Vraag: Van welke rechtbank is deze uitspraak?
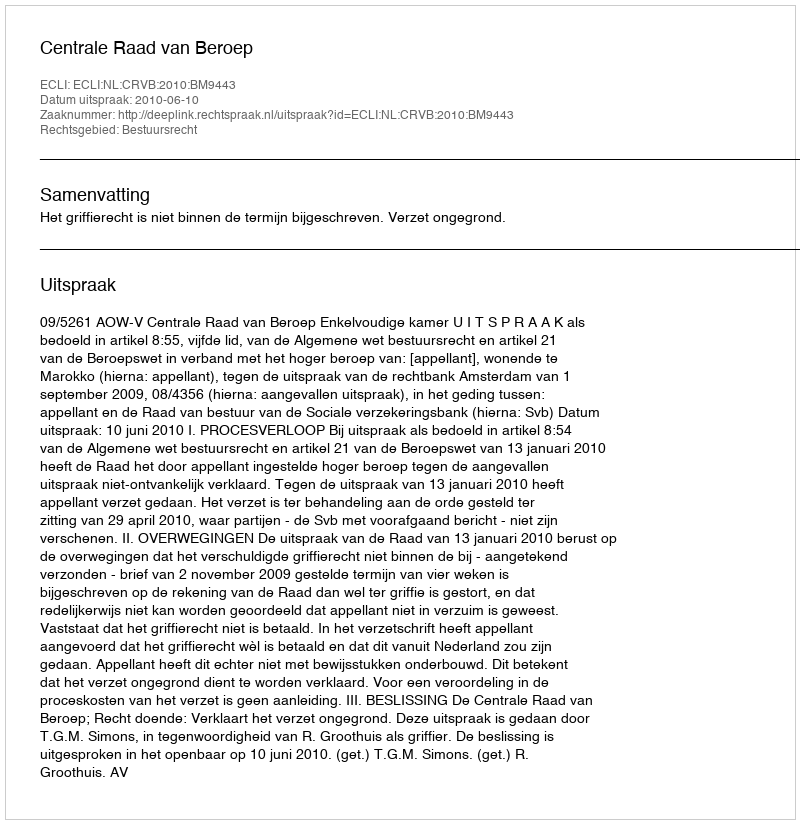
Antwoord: Centrale Raad van Beroep